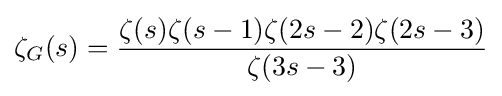
\zeta _{G}(s)={\frac {\zeta (s)\zeta (s-1)\zeta (2s-2)\zeta (2s-3)}{\zeta (3s-3)}}